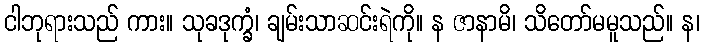
ငါဘုရားသည် ကား။ သုခဒုက္ခံ၊ ချမ်းသာဆင်းရဲကို။ န ဇာနာမိ၊ သိတော်မမူသည်။ န၊